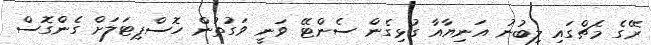
ރޭގެ މެޗްގައި ލިބުނު އަނިޔާއާ ގުޅިގެން ސެންޓޭ ވަނީ ވަގުތުން ހޮސްޕިޓަލަށް ގެންގޮސް